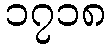
၁၇၁၈